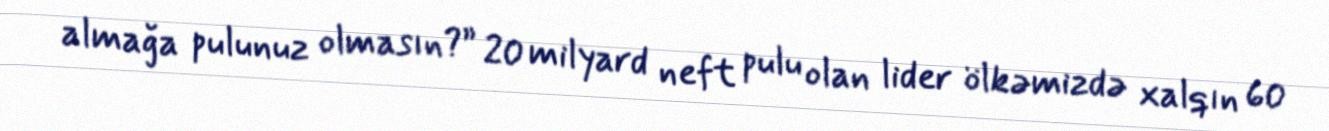
almağa pulunuz olmasın?” 20 milyard neft pulu olan lider ölkəmizdə xalqın 60